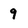
Character: 9